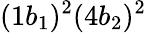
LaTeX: (1b_{1})^{2}(4b_{2})^{2}